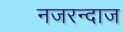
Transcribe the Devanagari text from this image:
नजरन्दाज